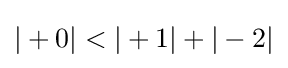
|+0|<|+1|+|-2|